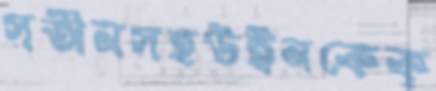
সতীনসহউইনকেক্